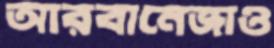
আরবানেজাও